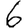
Digit: 6